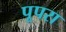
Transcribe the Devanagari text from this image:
पूपरा